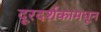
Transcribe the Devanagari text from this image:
दूरदर्शकामधून